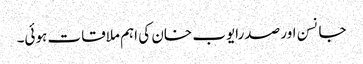
جانسن اور صدرایوب خان کی اہم ملاقات ہوئی۔